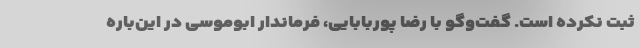
ثبت نکرده است. گفت‌وگو با رضا پوربابایی، فرماندار ابوموسی در این‌باره